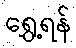
ရွှေ့ရန်